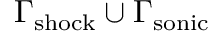
\Gamma _ { \mathrm { s h o c k } } \cup \Gamma _ { \mathrm { s o n i c } }